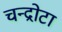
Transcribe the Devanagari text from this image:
चन्द्रोटा